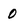
Character: 0